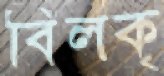
বিলকৃ